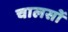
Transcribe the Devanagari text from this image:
चालसों